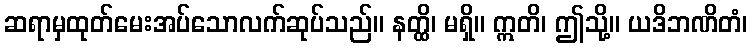
ဆရာမှထုတ်မေးအပ်သောလက်ဆုပ်သည်။ နတ္ထိ၊ မရှိ။ ဣတိ၊ ဤသို့။ ယဒိဘဏိတံ၊